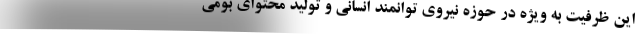
این ظرفیت به ویژه در حوزه نیروی توانمند انسانی و تولید محتوای بومی